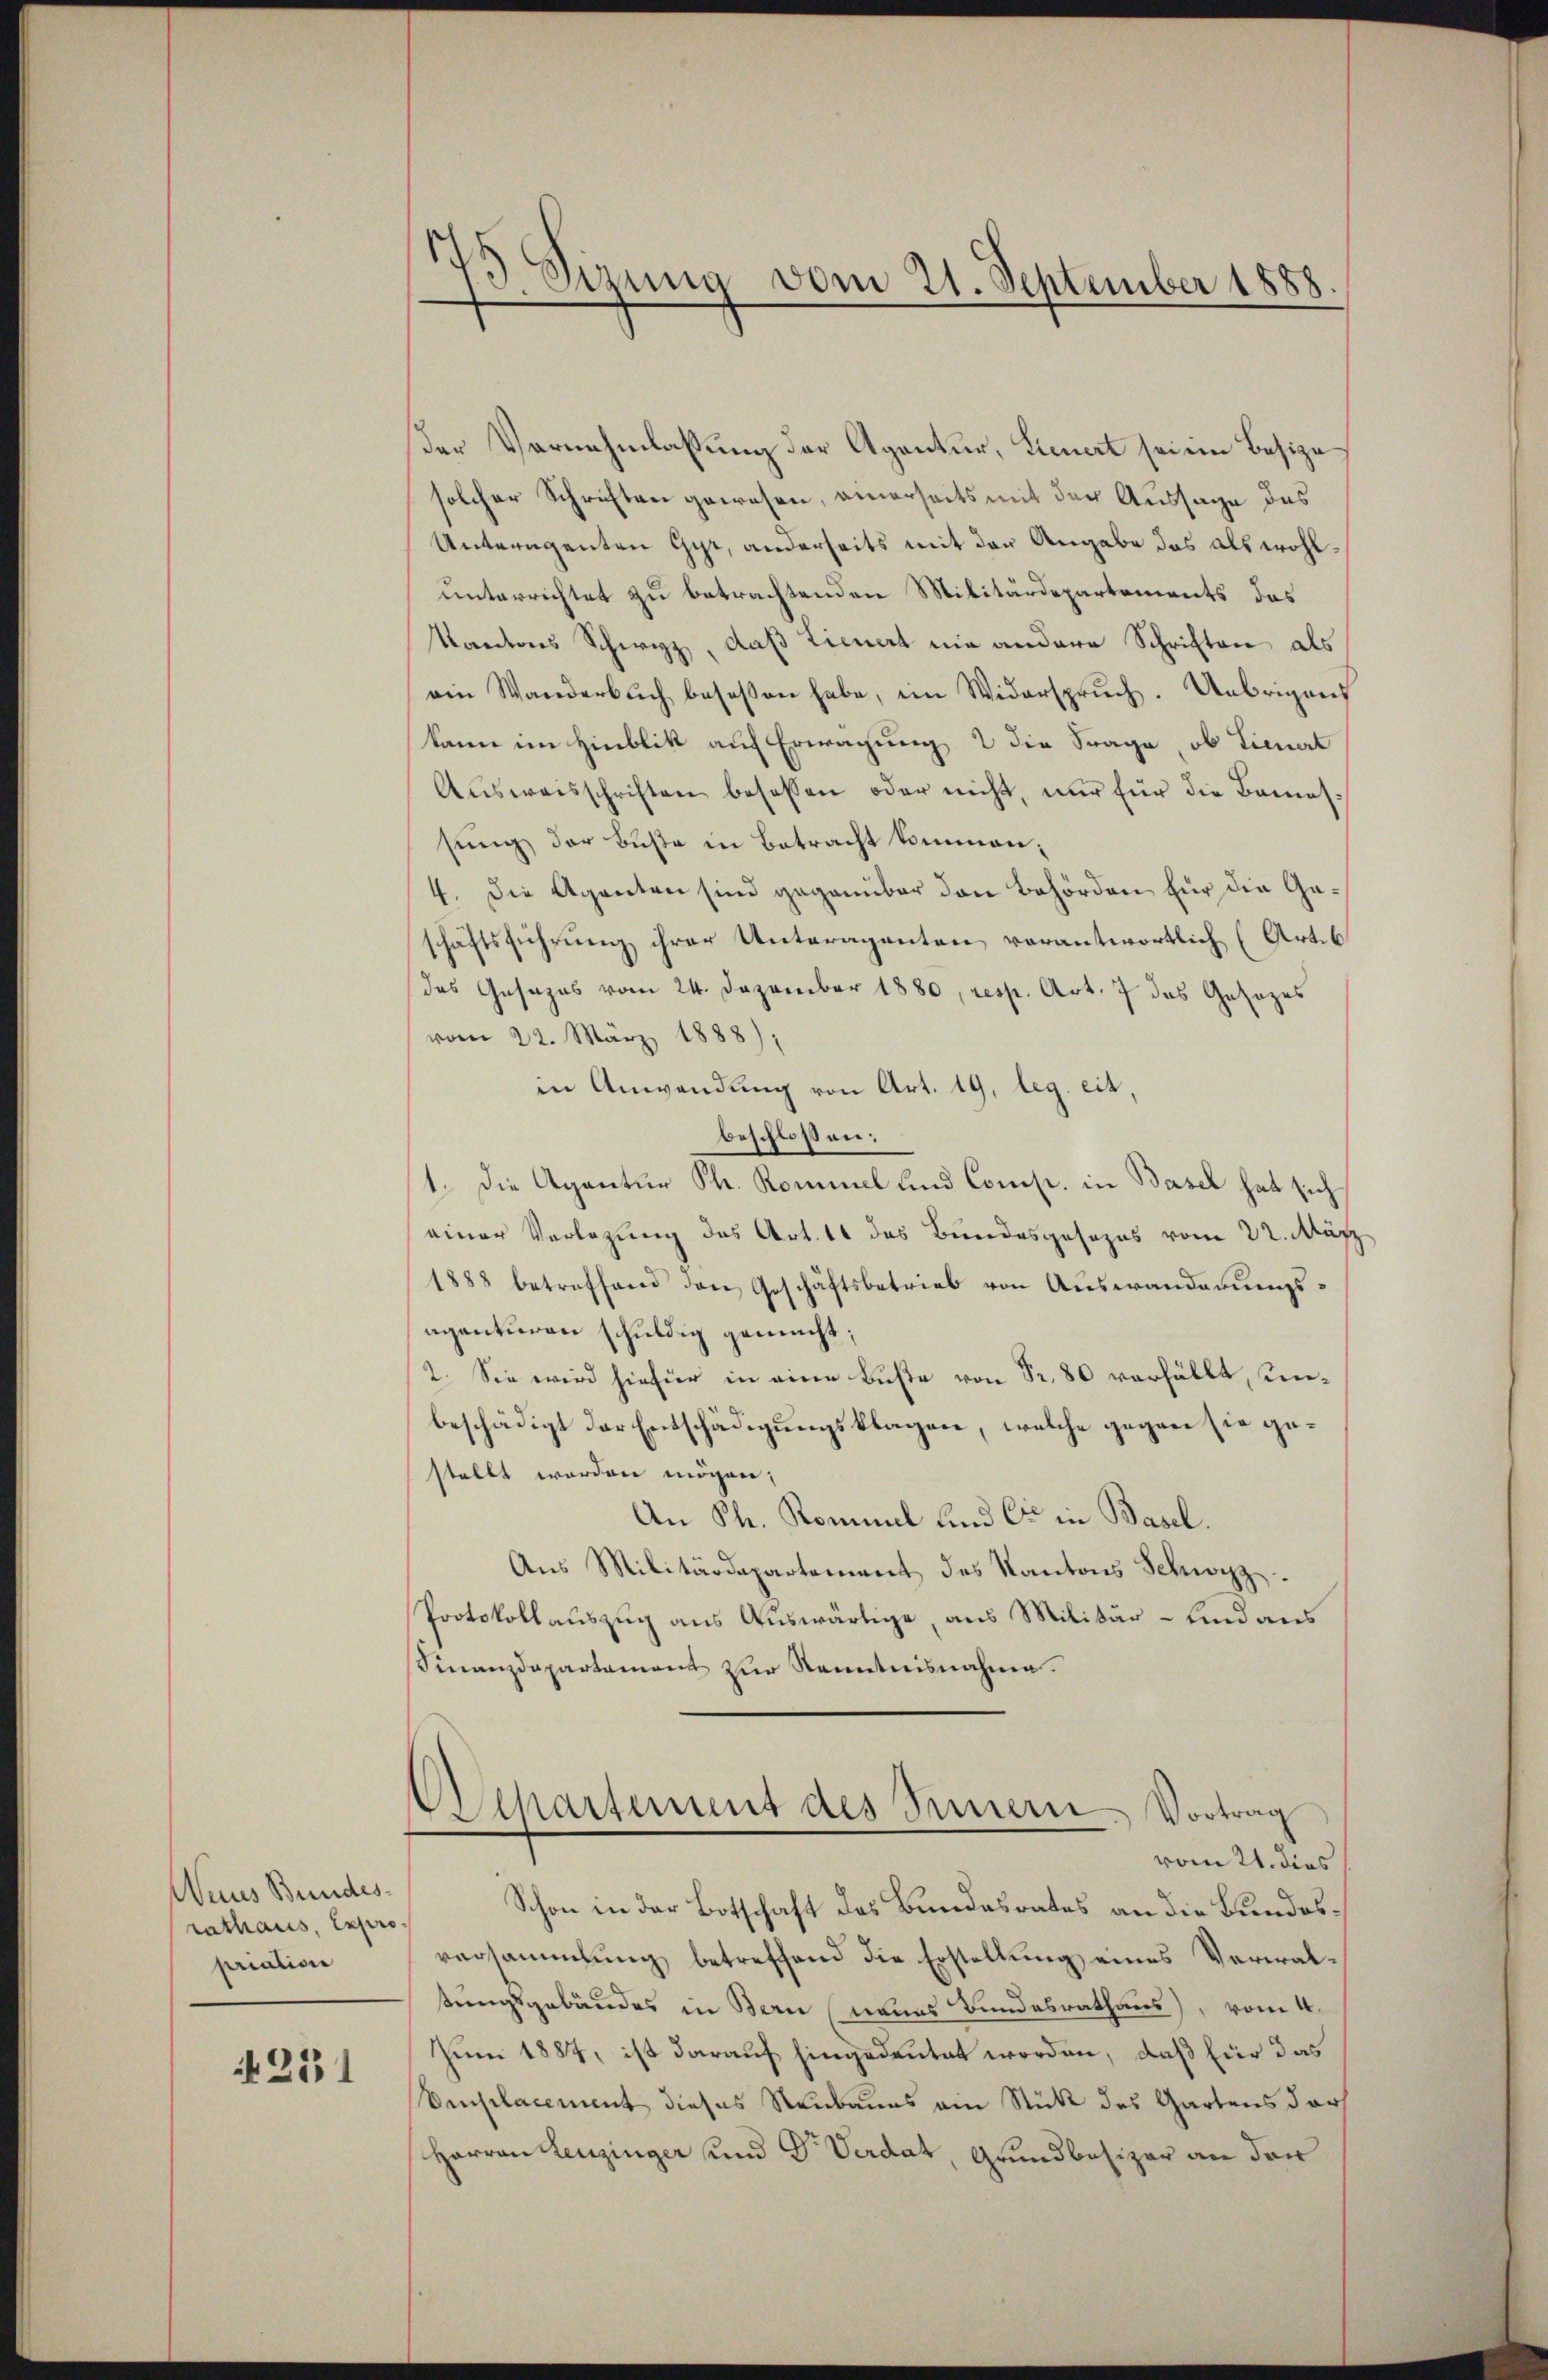
Waus Bundesrathaus, Expro
priation

231

73 Sizung vom 21. September 1888.

der Vernahmlassung der Agentur, Lieuert sei ein Besize
solcher Schriften gewesen, einerseits mit der Aussage das
Unteragenten Gyr, anderseits mit der Angabe das als wohlunterrichtet zu betrachtenden Militärdepartements das
Kantons Schwyz, daß Lieuert nie andere Schriften als
ein Wanderbŭch besassen habe, im Widerspruch. Uebrigens
kann im Hinblik auf Erwägung 2 die Frage, ob Lienert
Aŭsweisschriften besassen oder nicht, nur für die Baues
sung der Buße in Betracht kommen;
4. Die Agenten sind gegenüber den Behörden für die Geschäftsführung ihrer Unteragenten verantwortlich (Artik
das Gesezes vom 24. Dezember 1880, resp. Art. 7 das Gesezes
vom 22. März 1888),
in Anwendung von Art. 19, leg. eit.
beschlossen:
1. Die Agantur Ph. Kommel und Comp. in Basel hat sich
einer Verlegung des Art. 11 des Bundesgesezes vom 22. Mär
1888 betreffend den Geschäftsbetrieb von Auswanderungsagenturen schuldig gemacht
2. Sie wird hiefür in eine Buße von Fr. 80 verhällt, Kennbeschädigt der Entschädigungsklagen, welche gegen sie gestellt worden mögen;
An Ph. Rommel und Cie in Basel.
Aŭs Militärdepartement des Kantons Schwyz.
Protokollauszug aus Auswärtige, aus Militär- und aus
Finanzdepartament zur Kenntnisnahme.
Departement des Innern Vortrag
vom 21. dies
Schon in der Botschaft des Bundesrates an die Bundesversammlung betreffend die Erstellung eines Verwalstungsgebäudes in Bern (neues Bundesrathaus), vom 4.
Juni 1884, ist darauf hingedeutet worden, daß für das
Omplacement dieses Neubaues ein Stück des Gartens darf
Harvon Leuzinger und Dr. Verdat, Grundbesizer an der